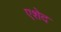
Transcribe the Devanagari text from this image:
एशेद